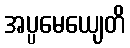
အပ္ပမေယျေတိ